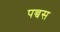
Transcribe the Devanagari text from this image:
पच्चस